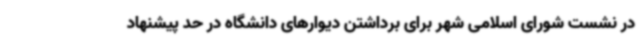
در نشست شورای اسلامی شهر برای برداشتن دیوارهای دانشگاه در حد پیشنهاد